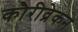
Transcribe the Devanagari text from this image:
कौरीव्रेकन